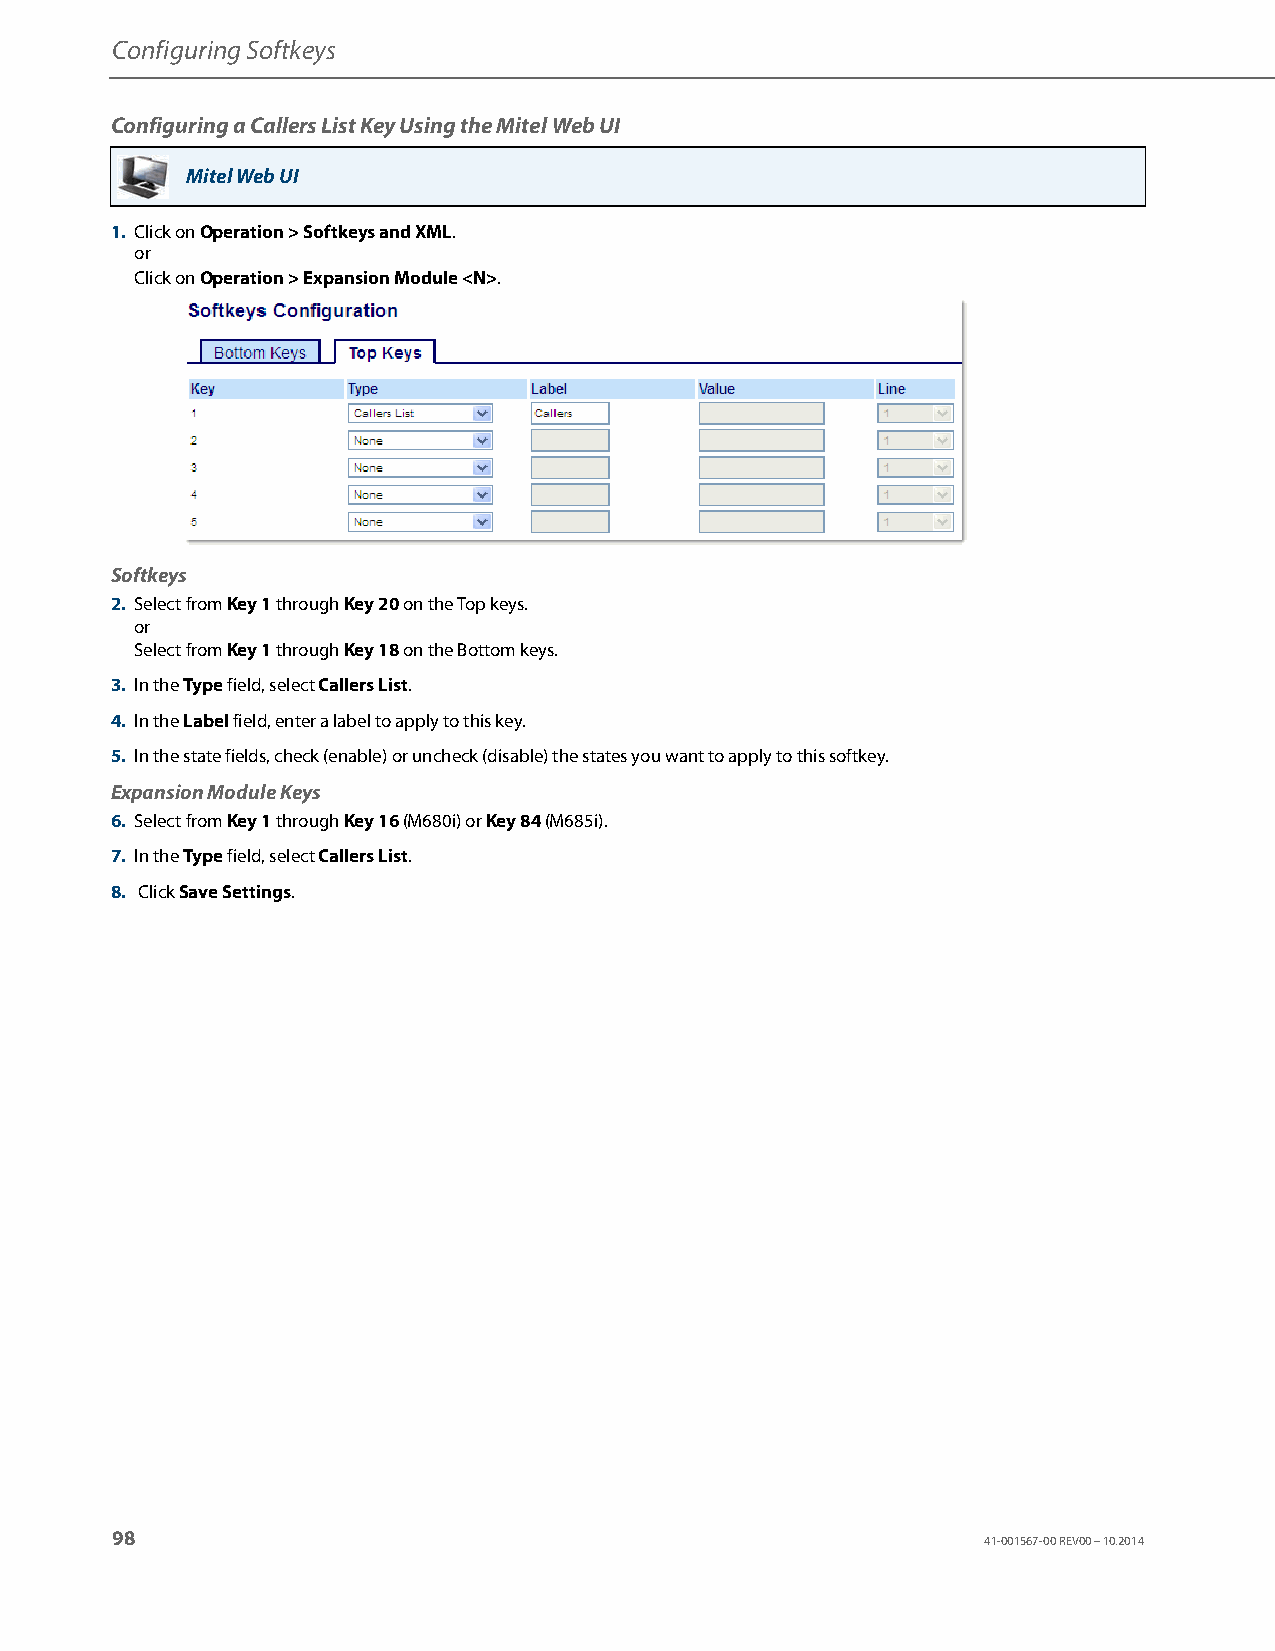
Configuring Softkeys
 Configuring a Callers List Key Using the Mitel Web UI
 Mitel Web UI
 1. Click on Operation > Softkeys and XML.
 or
 Click on Operation > Expansion Module <N>.
 Softkeys
 2. Select from Key 1 through Key 20 on the Top keys.
 or
 Select from Key 1 through Key 18 on the Bottom keys.
 3. In the Type field, select Callers List.
 4. In the Label field, enter a label to apply to this key.
 5. In the state fields, check (enable) or uncheck (disable) the states you want to apply to this softkey.
 Expansion Module Keys
 6. Select from Key 1 through Key 16 (M680i) or Key 84 (M685i).
 7. In the Type field, select Callers List.
 8. Click Save Settings.
 98
 41-001567-00 REV00 – 10.2014